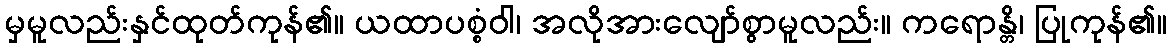
မှမူလည်းနှင်ထုတ်ကုန်၏။ ယထာပစ္စံဝါ၊ အလိုအားလျော်စွာမူလည်း။ ကရောန္တိ၊ ပြုကုန်၏။